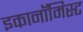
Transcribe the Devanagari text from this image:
इकानॉमिस्ट